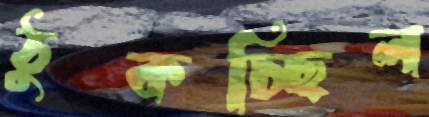
ঠুকচ্ছিল